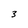
Character: 3